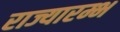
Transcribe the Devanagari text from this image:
राज्यारम्भ